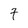
Character: 7